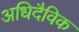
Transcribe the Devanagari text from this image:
अधिदैविक